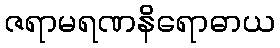
ဇရာမရဏနိရောဓာယ